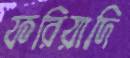
ফরিয়াদি